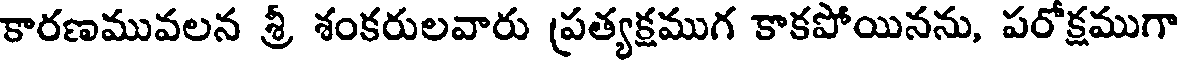
కారణమువలన శ్రీ శంకరులవారు ప్రత్యక్షముగ కాకపోయినను, పరోక్షముగా